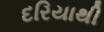
દરિયાથી